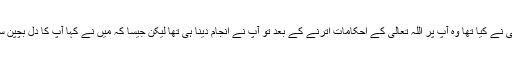
یہ خدائے واحد کے عبادت گزار بنانے کا کام جو آپؐ کے سپرد خداتعالیٰ نے کیا تھا وہ آپؐ پر اللہ تعالیٰ کے احکامات اترنے کے بعد تو آپؐ نے انجام دینا ہی تھا لیکن جیسا کہ مَیں نے کہا آپؐ کا دل بچپن سے ہی شرک سے پاک اور ایک خدا کے آگے جھکنے والا بن چکا تھا۔